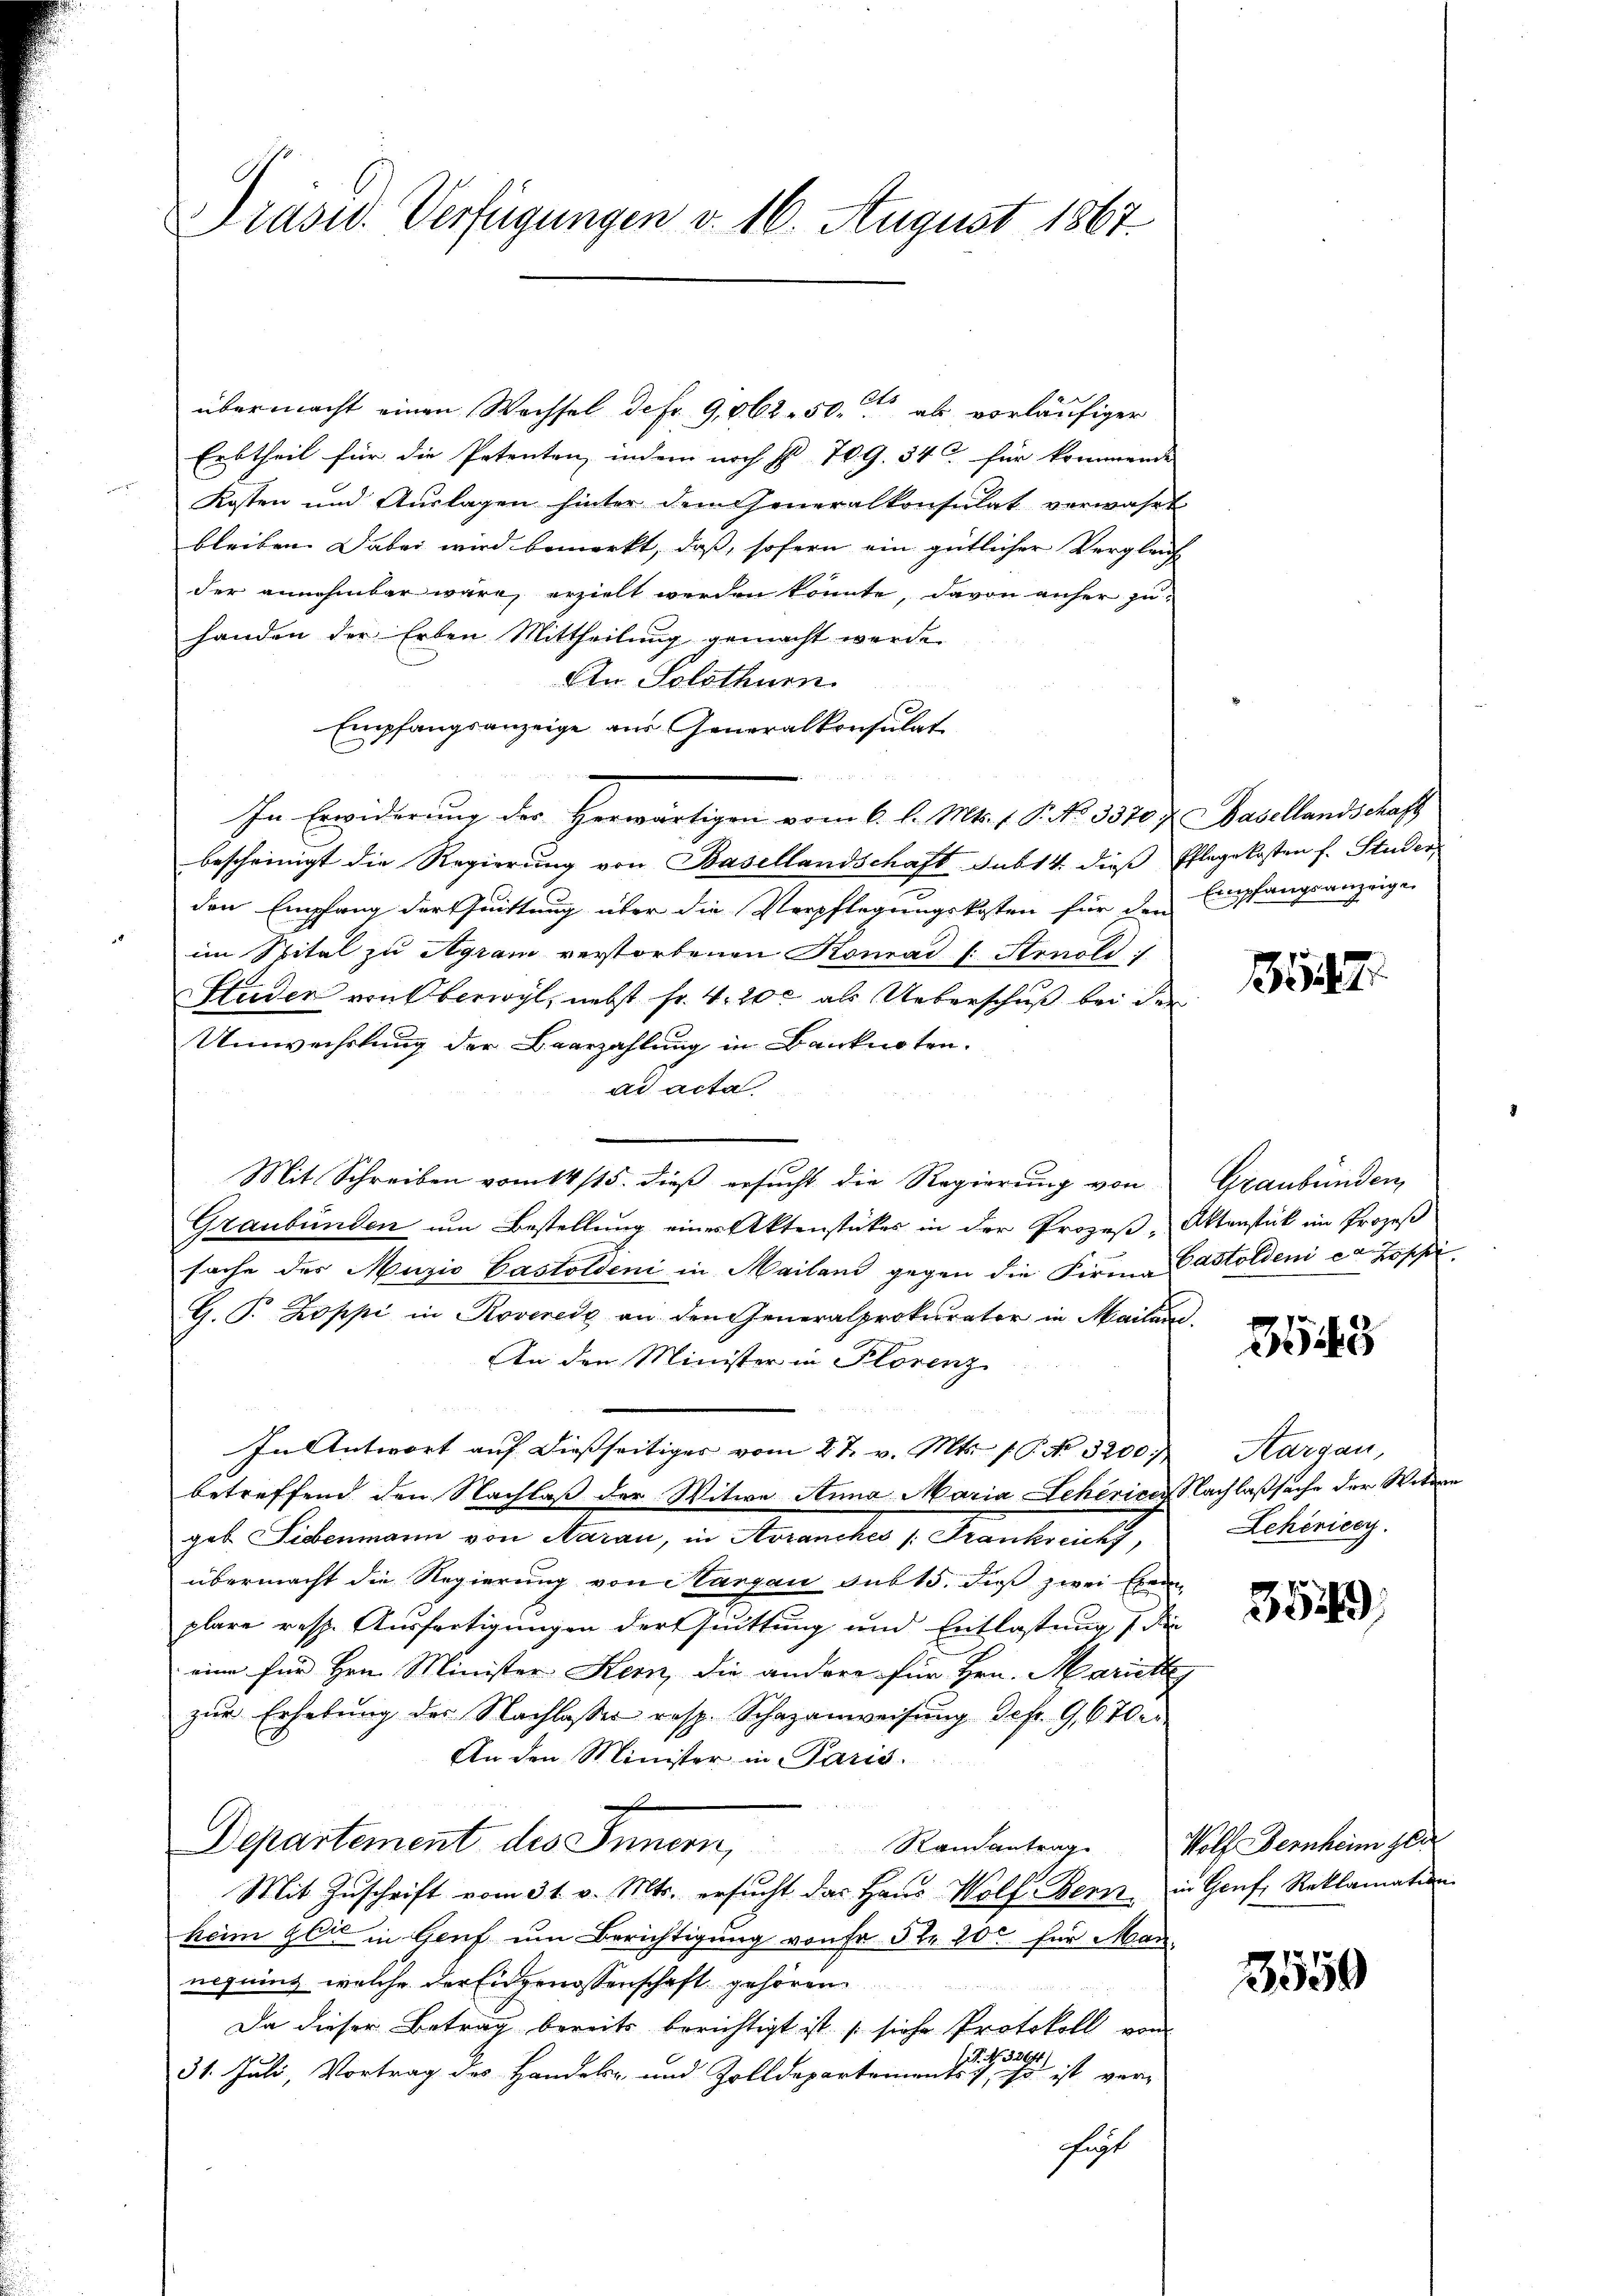
Präsid. Verfügungen v. 16. August 1867

übermacht einen Wechsel defo 9,062. 50. als vorläufiger
Erbtheil für die Petenten, indem noch S. 70. 9. 540 für kommende
Kosten und Auslagen hinter dem Generalkonsulat verwahrt
bleiben. Dabei wird bemerkt, daß, sofern ein gütlicher Vergleich
der annehmbar wäre, erzielt werden könnte, davon anfer zuhanden der Erben Mittheilung gemacht werde.
Atn. Solothurn
Empfangsanzeige aus Generalkonsulat
In Erwiderung der Herwärtigen vom 6. l. Mts. f. P. No. 3370 f. Basellandschaft
bescheinigt die Regierung von Basellandschaft sub 14. dieß Pflegekosten f. Studer
den Empfang der Quittung über die Verpflegungskosten für den Empfangsanzeige
im Spital zu Agram verstorbenen Komad 1. Arnold
Studer von Oberwyl, nebst fr. 420 c als Ueberschuß bei der
Umwechslung der Bearzahlung in Banknoten.
ad acta
Mit Schreiben vom 14/15. dieß ersucht die Regierung von
Graubünden um Bestellung eines Aktenstückes in der Prozeß-Aktenstück im Prozeß
Sache des Muzio Pastoldeni in Mailand gegen die Firme Pastoldeni ea Zoschei
G. P. Koppi in Roverede an den Generalprokurator in Mailan
An den Minister in Florenz
In Antwort auf dießseitiger vom 27. v. Mts. (T. No. 3200.
betreffend den Nachlaß der Witwe Anna Maria Schevices Nachlaßsache der Witten
geb. Seidenmann von Aarau, in Morancher Krankraut,
übermacht die Regierung von Aargau sub 15. daß zwei Exem
plare resp. Ausfertigungen der Juittung und Entlastung, die
eine für Hrn. Minister Kern, die andere für Hrn. Mariethe
zŭr Erhebung der Nachlasser resp. Schazanweisŭng dep. G,670.
An den Minister in Paris.
d
Departement des Innern, Randantrag. Wolf Bernheim gle
Mit Zŭschrift vom 31. v. Mts. ersŭcht das Haus Wolf Bern, in Genf, Reklamation
heim zeit in Genf um Berichtigung von Fr. 5kr. 20 für Mannequing, welche der Eidgenossenschaft gehören
Da dieser Betrag bereits berichtigt ist siche Protokoll von
. No. 3264
31. Juli, Vortrag des Handels- und Zolldepartements, ist ist ver-
Fügt

157.

Graubünden

3543

Aargau,
Lehenicey

359

3559